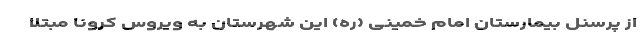
از پرسنل بیمارستان امام خمینی (ره) این شهرستان به ویروس کرونا مبتلا